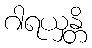
ဂါရယှန္တိ